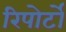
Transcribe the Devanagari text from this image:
रिपोर्टाें